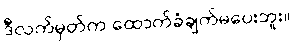
ဒီလက်မှတ်က ထောက်ခံချက်မပေးဘူး။